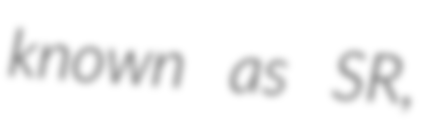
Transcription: known as SR,